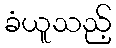
ခံယူသည့်